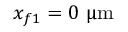
x _ { f 1 } = 0 ~ { \upmu \mathrm { m } }